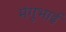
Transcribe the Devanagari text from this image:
मंगूभाई